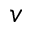
v